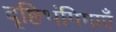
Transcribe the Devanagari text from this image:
दृष्टिभंगिमाएँ